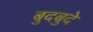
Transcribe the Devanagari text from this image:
बुदबुदे